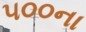
૫૦૦ના